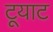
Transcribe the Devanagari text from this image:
टूयाट